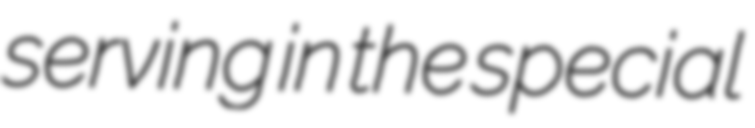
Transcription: serving in the special